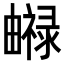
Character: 𤳨